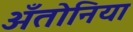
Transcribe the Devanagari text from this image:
अँतोनिया